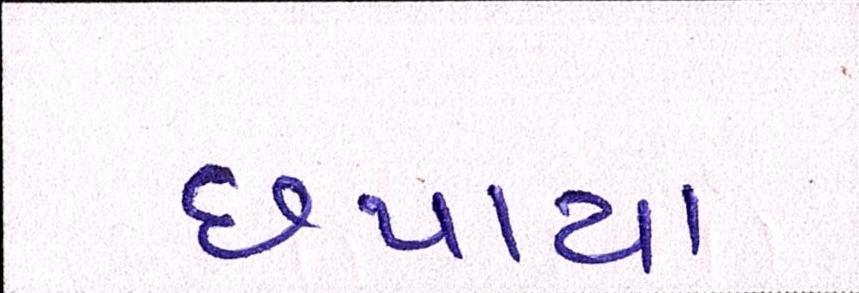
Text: છપાયા